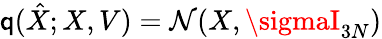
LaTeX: \mathsf{q}(\hat{{{X}}};{X},{V})=\mathcal{{N}}({{X}},\sigmaI_{3N})